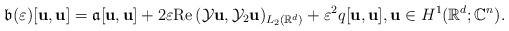
LaTeX: \begin{align*}\mathfrak{b}(\varepsilon)[\mathbf{u},\mathbf{u}]=\mathfrak{a}[\mathbf{u},\mathbf{u}]+2\varepsilon \textnormal{Re}\,(\mathcal{Y}\mathbf{u},\mathcal{Y}_2\mathbf{u})_{L_2(\mathbb{R}^d)}+\varepsilon ^2 q[\mathbf{u},\mathbf{u}],\mathbf{u}\in H^1(\mathbb{R}^d;\mathbb{C}^n).\end{align*}